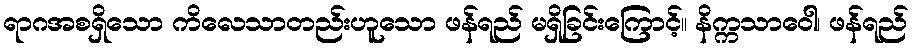
ရာဂအစရှိသော ကိလေသာတည်းဟူသော ဖန်ရည် မရှိခြင်းကြောင့်။ နိက္ကသာဝေါ၊ ဖန်ရည်